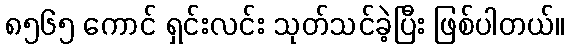
၈၅၆၅ ကောင် ရှင်းလင်း သုတ်သင်ခဲ့ပြီး ဖြစ်ပါတယ်။